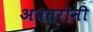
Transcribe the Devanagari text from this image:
अवतरोनी